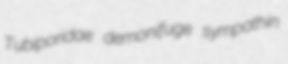
Tubiporidae demonifuge sympathin